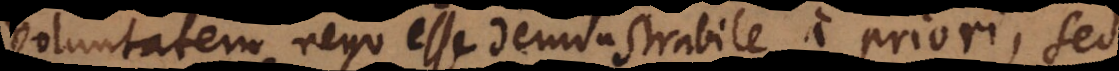
voluntatem, nego esse demonstrabile a priori, sed